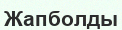
Жапболды